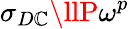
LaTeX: \sigma_{D\mathbb{C}}\llP\omega^{p}